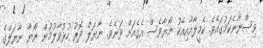
ވިސްނާނެކަމުގައެވެ. ކެމީލާއާއިއެކު ނޯޔާވެސް އެގެއަށް ވަނެވެ. ނާޔަލް ދޮރު ހުޅުވާލުމުން ނޯޔާ ނާޔަލްގެ